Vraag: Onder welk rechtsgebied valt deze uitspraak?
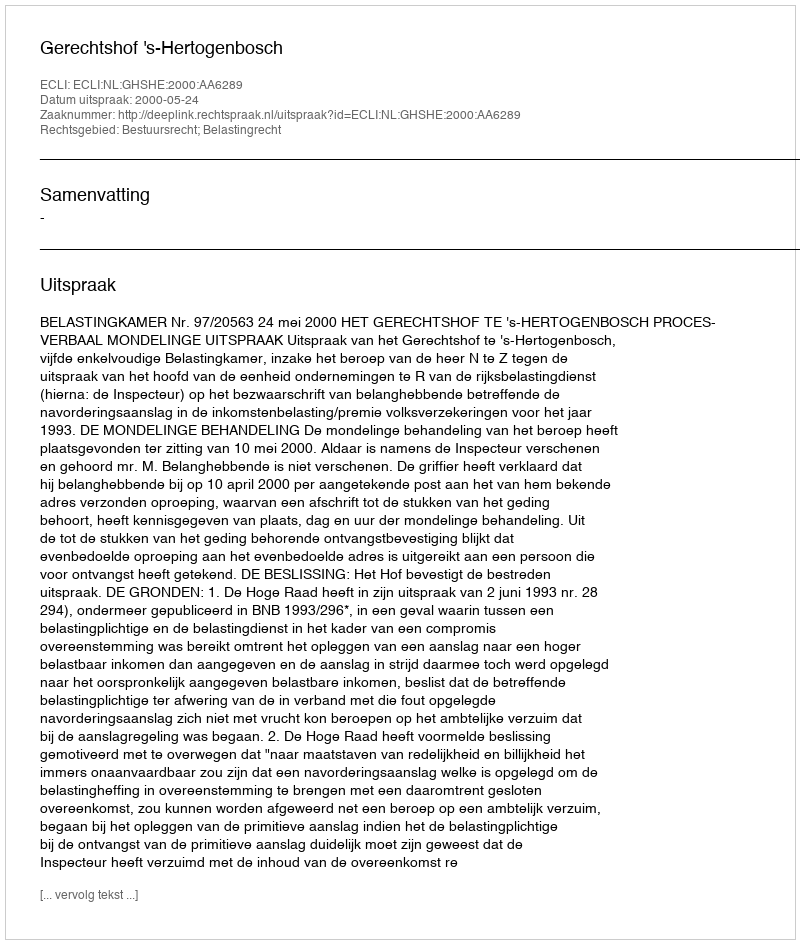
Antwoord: Bestuursrecht; Belastingrecht